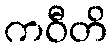
ကဝီတိ